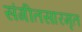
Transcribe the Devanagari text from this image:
संगीतसारमृत